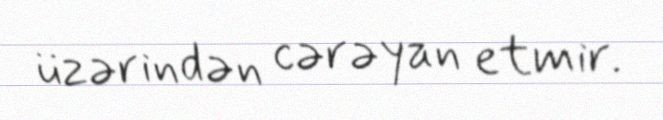
üzərindən cərəyan etmir.